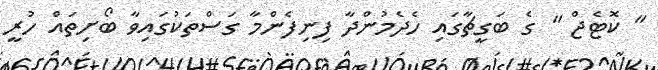
" ކޮޓެޖް " ގެ ބަގީޗާގައި ހެދެމުންދާ ފިނިފެންމާ ގަސްތަކުގައިވާ ބޯށިތައް ހުރީ